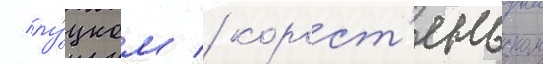
/ лу́цком / корост'еньском